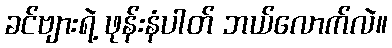
ခင်ဗျားရဲ့ ဖုန်းနံပါတ် ဘယ်လောက်လဲ။